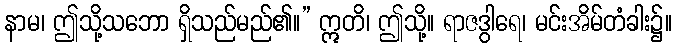
နာမ၊ ဤသို့သဘော ရှိသည်မည်၏။” ဣတိ၊ ဤသို့။ ရာဇဒွါရေ၊ မင်းအိမ်တံခါး၌။